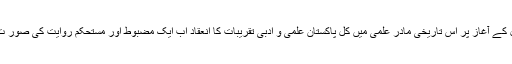
ہر نئے عیسوی سال کے آغاز پر اس تاریخی مادر علمی میں کل پاکستان علمی و ادبی تقریبات کا انعقاد اب ایک مضبوط اور مستحکم روایت کی صور ت اختیار کر گیا ہے۔